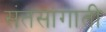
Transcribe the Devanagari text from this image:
संतसांगाती